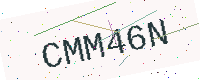
Text: CMM46N